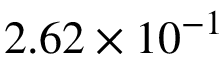
2 . 6 2 \times 1 0 ^ { - 1 }